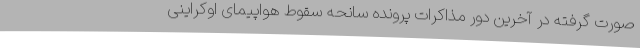
صورت گرفته در آخرین دور مذاکرات پرونده سانحه سقوط هواپیمای اوکراینی